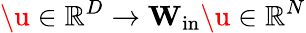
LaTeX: \u\in\mathbb{R}^{D}\to\mathbf{W_{\mathrm{in}}}\u\in\mathbb{R}^{N}